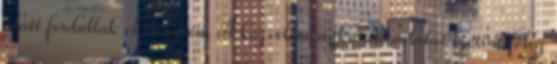
alatt fordultak el ennyien. A közvéleménykutató adatai szerint főleg